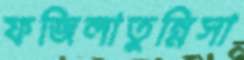
ফজিলাতুন্নিসা